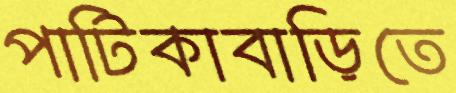
পাটিকাবাড়িতে